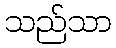
သည်သာ